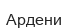
Ардени